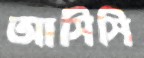
আসিসি